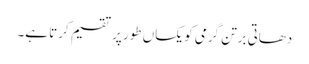
دھاتی برتن گرمی کو یکساں طور پر تقسیم کرتا ہے۔